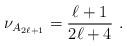
LaTeX: \begin{align*}\nu _{A_{2\ell +1}}=\frac{\ell +1}{2\ell +4}~. \end{align*}